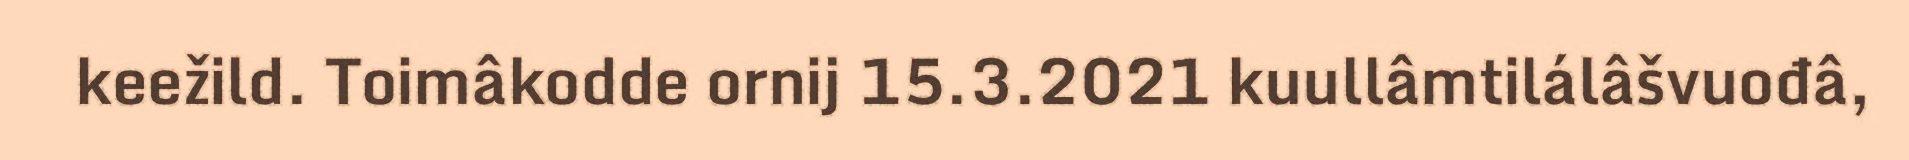
keežild. Toimâkodde ornij 15.3.2021 kuullâmtilálâšvuođâ,